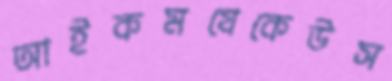
আইকমযেকেউস